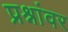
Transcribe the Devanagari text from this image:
प्रश्र्नांवर